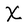
Character: X